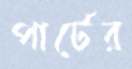
পার্টের